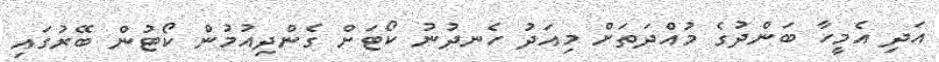
އަދި އެމީހާ ބަންދުގެ މުއްދަތަށް މިއަދު ހެނދުނު ކޯޓަށް ގެންދިއުމުން ކޯޓުން ބޭރުގައި